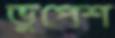
ভুপেশ